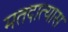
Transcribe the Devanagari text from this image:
मतदात्यास